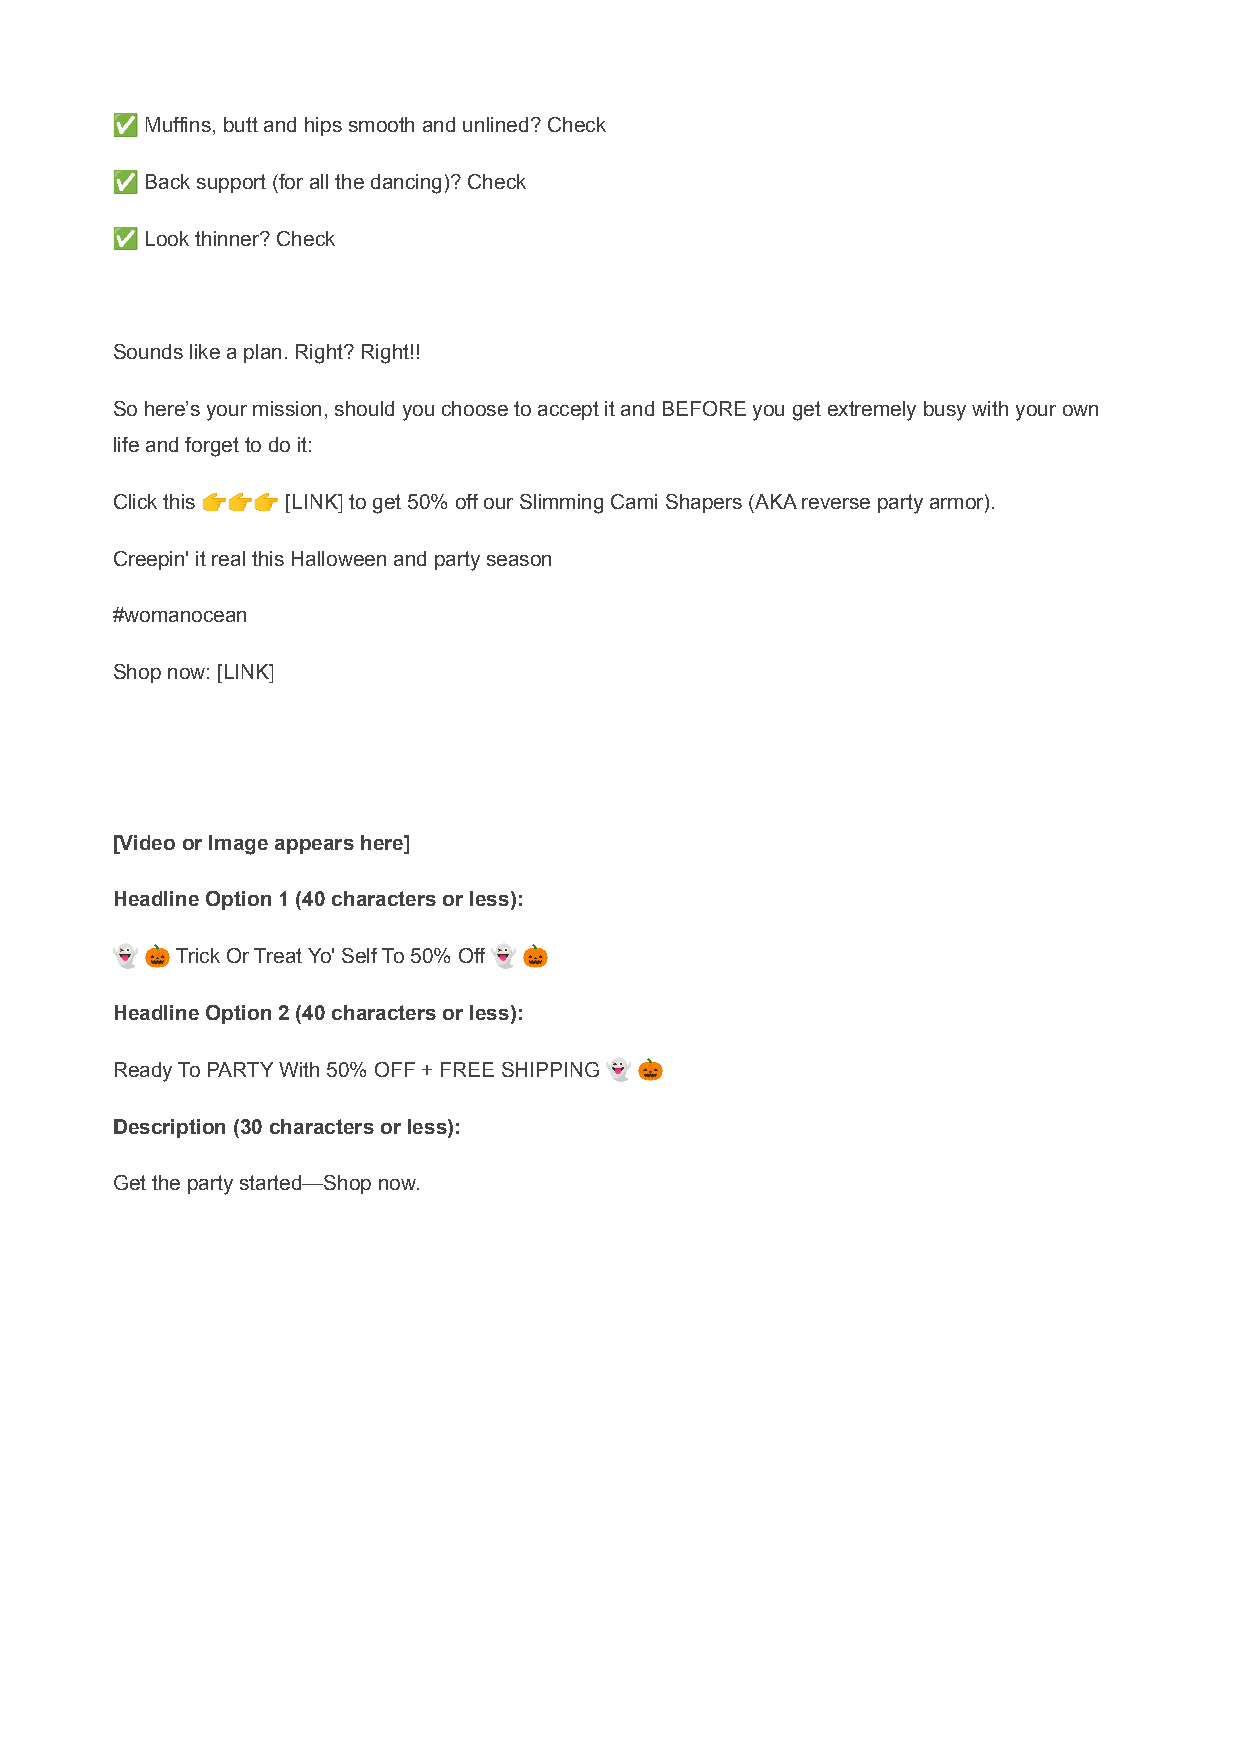
✅  Muffins, butt and hips smooth and unlined? Check
 ✅  Back support (for all the dancing)? Check
 ✅  Look thinner? Check
 Sounds like a plan. Right? Right!!
 So here’s your mission, should you choose to accept it and BEFORE you get extremely busy with your own
 life and forget to do it:
 Click this 👉👉👉 [LINK] to get 50% off our Slimming Cami Shapers (AKA reverse party armor).
 Creepin' it real this Halloween and party season
 #womanocean
 Shop now: [LINK]
 [Video or Image appears here]
 Headline Option 1 (40 characters or less):
 👻  🎃 Trick Or Treat Yo' Self To 50% Off 👻 🎃
 Headline Option 2 (40 characters or less):
 Ready To PARTY With 50% OFF + FREE SHIPPING 👻 🎃
 Description (30 characters or less):
 Get the party started—Shop now.